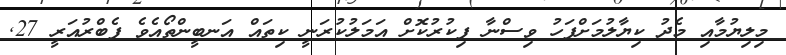
މިލިޔުމާއި މެދު ކިޔާލުމަށްފަހު ވިސްނާ ފިކުރުކޮށް އަމަލުކުރަނީ ކިތައް އަނބީންތޯއެވެ ފެބްރުއަރީ 27